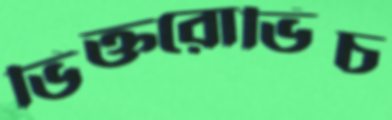
ভিক্তরোভিচ